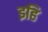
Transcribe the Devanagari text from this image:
इहि